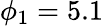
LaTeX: \phi_{1}=5.1